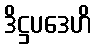
ဒိဋ္ဌပဒေဟိ